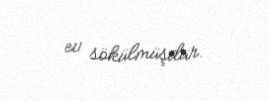
ev sökülmüşdür.